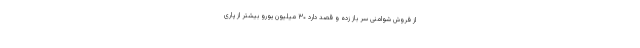
از فروش شوامنی سر باز زده و قصد دارد ۳۰ میلیون یورو بیشتر از پاری